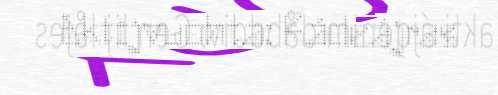
Aktijvuohta: Rádeájras